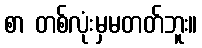
စာ တစ်လုံးမှမတတ်ဘူး။